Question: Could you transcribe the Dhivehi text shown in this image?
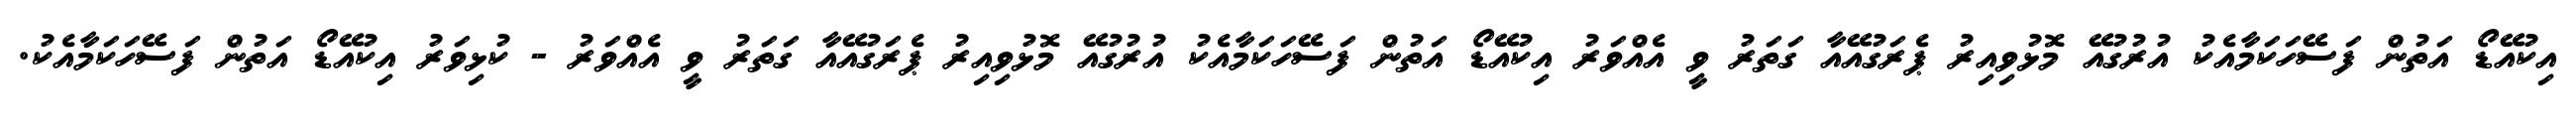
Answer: އިކުއޭޑޯ އަތުން ފަސޭހަކަމާއެކު އުރުގުއޭ މޮޅުވިއިރު ޕެރަގުއޭއާ ގަތަރު ވީ އެއްވަރު އިކުއޭޑޯ އަތުން ފަސޭހަކަމާއެކު އުރުގުއޭ މޮޅުވިއިރު ޕެރަގުއޭއާ ގަތަރު ވީ އެއްވަރު - ކުޅިވަރު އިކުއޭޑޯ އަތުން ފަސޭހަކަމާއެކު.